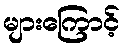
များကြောင့်